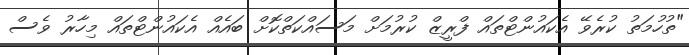
"ތުހުމަތު ކުރެވޭ އެކައުންޓްތައް ފްރީޒް ކުރުމަށް މަސައްކަތްކޮށް ބައެއް އެކައުންޓްތައް މިހާރު ވެސް